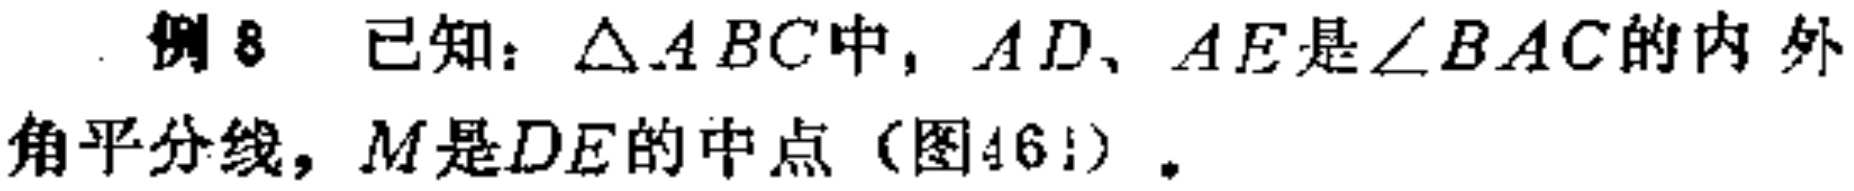
例8 已知：$\triangle ABC$中，$AD$、$AE$是$\angle BAC$的内外角平分线，$M$是$DE$的中点（图46！）。